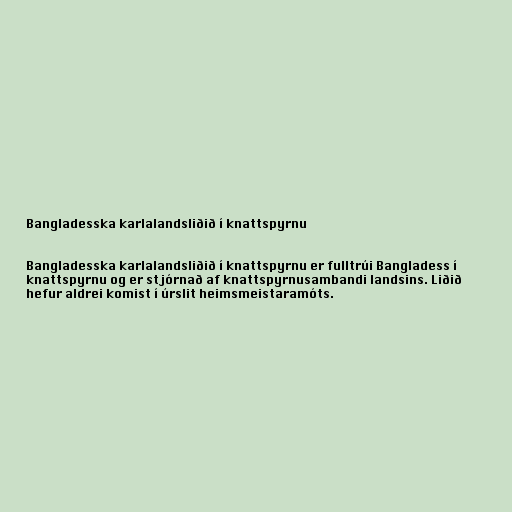
Bangladesska karlalandsliðið í knattspyrnu

Bangladesska karlalandsliðið í knattspyrnu er fulltrúi Bangladess í
knattspyrnu og er stjórnað af knattspyrnusambandi landsins. Liðið
hefur aldrei komist í úrslit heimsmeistaramóts.